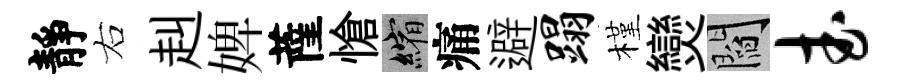
靜右赳婢薩愴縮痛避蹋槿𤓖閻武